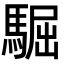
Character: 𩤓